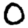
Digit: 0